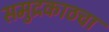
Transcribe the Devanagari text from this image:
समुद्रकाठचा